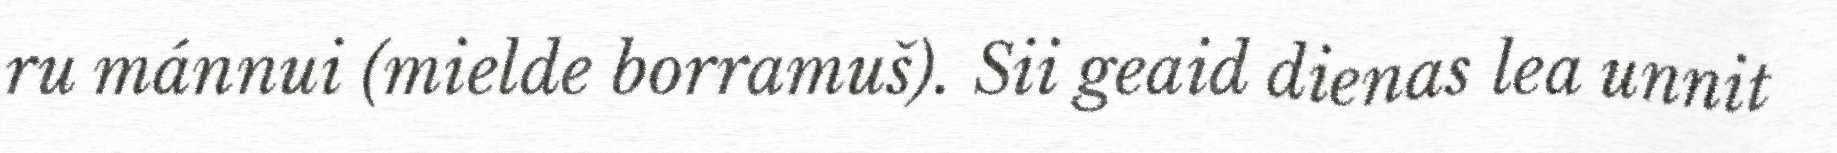
ru mánnui (mielde borramuš). Sii geaid dienas lea unnit